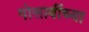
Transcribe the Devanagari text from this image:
गोसावींच्या